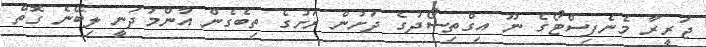
ޖަރީރާ މެނެފިސްޓޯގެ ނޫ އިގްތިސޯދުގެ ދަށުން ރަށުގެ ތިބެގެން އާންމުދަނީ ލިބޭނެ ގޮތް